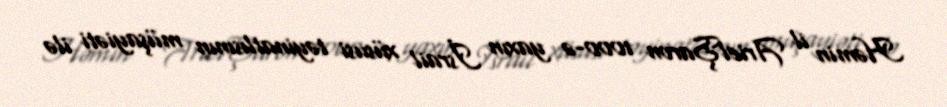
Həmin il ArielŞaron 1000-ə yaxın İsrail xüsusi təyinatlısının müşayiəti ilə